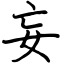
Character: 妄